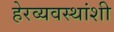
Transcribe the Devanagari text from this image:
हेरव्यवस्थांशी